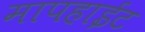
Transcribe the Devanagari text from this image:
मापहाईट